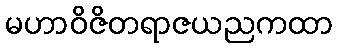
မဟာဝိဇိတရာဇယညကထာ